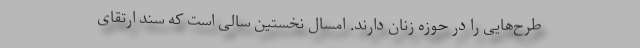
طرح‌هایی را در حوزه زنان دارند. امسال نخستین سالی است که سند ارتقای